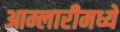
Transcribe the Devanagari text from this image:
आम्लारीमध्ये